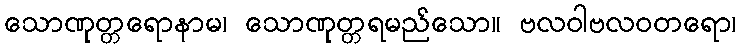
သောဏုတ္တရောနာမ၊ သောဏုတ္တရမည်သော။ ဗလဝါဗလဝတရော၊